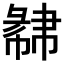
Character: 𢑩